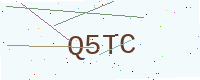
Text: Q5TC